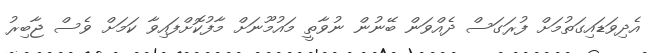
އެދިވަޑައިގަތުމަށް ފުރަގަސް ދެއްވަން ބޭނުން ނުވާތީ މައުމޫނަށް މާފުކޮށްފައިވާ ކަމަށް ވެސް ޖާބިރު